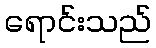
ရောင်းသည်